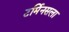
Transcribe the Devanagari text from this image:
टर्मिनसला